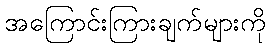
အကြောင်းကြားချက်များကို